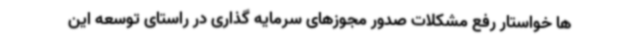
ها خواستار رفع مشکلات صدور مجوزهای سرمایه گذاری در راستای توسعه این